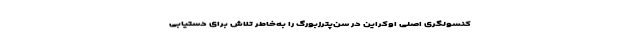
کنسولگری اصلی اوکراین در سن‌پترزبورگ را به‌خاطر تلاش برای دستیابی